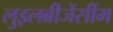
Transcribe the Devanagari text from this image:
लुइलब्रीजेंसींम